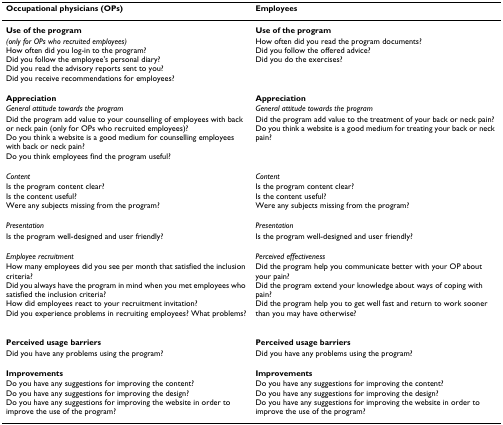
<table><thead><tr><td><b>Occupational physicians (OPs)</b></td><td><b>Employees</b></td></tr></thead><tbody><tr><td><b>Use of the program</b></td><td><b>Use of the program</b></td></tr><tr><td><i>(only for OPs who recruited employees)</i>How often did you log-in to the program?Did you follow the employee&#x27;s personal diary?Did you read the advisory reports sent to you?Did you receive recommendations for employees?</td><td>How often did you read the program documents?Did you follow the offered advice?Did you do the exercises?</td></tr><tr><td><b>Appreciation</b></td><td><b>Appreciation</b></td></tr><tr><td><i>General attitude towards the program</i></td><td><i>General attitude towards the program</i></td></tr><tr><td>Did the program add value to your counselling of employees with back or neck pain (only for OPs who recruited employees)?Do you think a website is a good medium for counselling employees with back or neck pain?Do you think employees find the program useful?</td><td>Did the program add value to the treatment of your back or neck pain?Do you think a website is a good medium for treating your back or neck pain?</td></tr><tr><td><i>Content</i></td><td><i>Content</i></td></tr><tr><td>Is the program content clear?Is the content useful?Were any subjects missing from the program?</td><td>Is the program content clear?Is the content useful?Were any subjects missing from the program?</td></tr><tr><td><i>Presentation</i></td><td><i>Presentation</i></td></tr><tr><td>Is the program well-designed and user friendly?</td><td>Is the program well-designed and user friendly?</td></tr><tr><td><i>Employee recruitment</i></td><td><i>Perceived effectiveness</i></td></tr><tr><td>How many employees did you see per month that satisfied the inclusion criteria?Did you always have the program in mind when you met employees who satisfied the inclusion criteria?How did employees react to your recruitment invitation?Did you experience problems in recruiting employees? What problems?</td><td>Did the program help you communicate better with your OP about your pain?Did the program extend your knowledge about ways of coping with pain?Did the program help you to get well fast and return to work sooner than you may have otherwise?</td></tr><tr><td><b>Perceived usage barriers</b></td><td><b>Perceived usage barriers</b></td></tr><tr><td>Did you have any problems using the program?</td><td>Did you have any problems using the program?</td></tr><tr><td><b>Improvements</b></td><td><b>Improvements</b></td></tr><tr><td>Do you have any suggestions for improving the content?Do you have any suggestions for improving the design?Do you have any suggestions for improving the website in order to improve the use of the program?</td><td>Do you have any suggestions for improving the content?Do you have any suggestions for improving the design?Do you have any suggestions for improving the website in order to improve the use of the program?</td></tr></tbody></table>